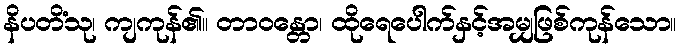
နိပတိံသု၊ ကျကုန်၏။ တာဝန္တော၊ ထိုရေပေါက်နှင့်အမျှဖြစ်ကုန်သော။